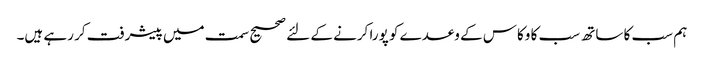
ہم سب کا ساتھ سب کا وکاس کے وعدے کو پورا کرنے کے لئے صحیح سمت میں پیشرفت کر رہے ہیں۔